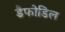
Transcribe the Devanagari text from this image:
डैफोडिल